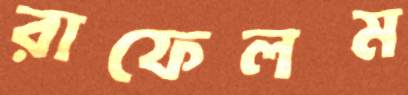
রাফেলম